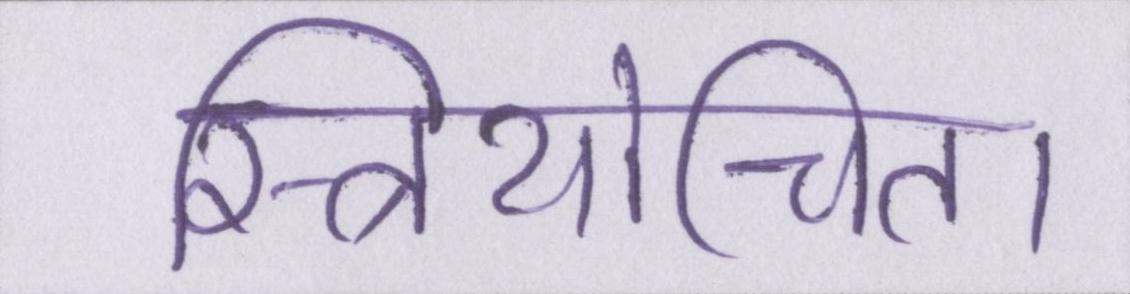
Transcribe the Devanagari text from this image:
स्त्रियोचित।